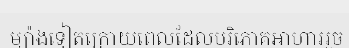
ម្យ៉ាងទៀតក្រោយពេលដែលបរិភោគអាហាររួច